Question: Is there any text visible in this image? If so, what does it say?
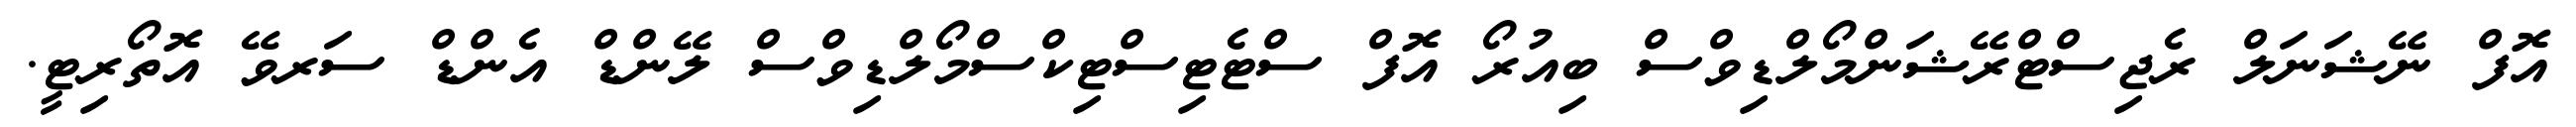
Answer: އޮފް ނޭޝަނަލް ރެޖިސްޓްރޭޝަންމޯލްޑިވްސް ބިއުރޯ އޮފް ސްޓެޓިސްޓިކްސްމޯލްޑިވްސް ލޭންޑް އެންޑް ސަރވޭ އޮތޯރިޓީ.